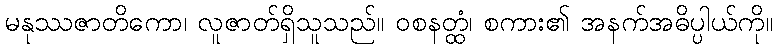
မနုဿဇာတိကော၊ လူဇာတ်ရှိသူသည်။ ဝစနတ္ထံ၊ စကား၏ အနက်အဓိပ္ပါယ်ကို။